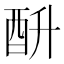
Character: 𰼄